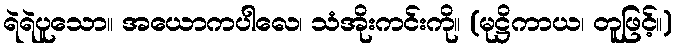
ရဲရဲပူသော။ အယောကပါလေ၊ သံအိုးကင်းကို။ (မုဋ္ဌိကာယ၊ တူဖြင့်။)